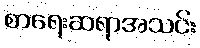
စာရေးဆရာအသင်း